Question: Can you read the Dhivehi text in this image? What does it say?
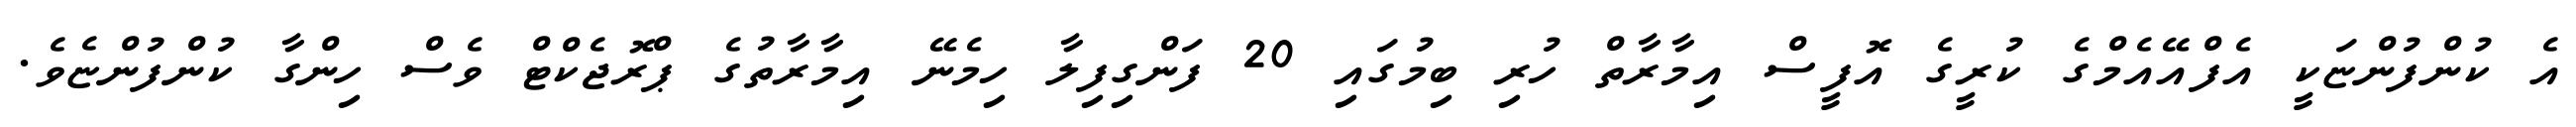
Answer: އެ ކުންފުންޏަކީ އެފްއޭއެމްގެ ކުރީގެ އޮފީސް އިމާރާތް ހުރި ބިމުގައި 20 ފަންގިފިލާ ހިމެނޭ އިމާރާތުގެ ޕްރޮޖެކްޓް ވެސް ހިންގާ ކުންފުންޏެވެ.